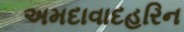
અમદાવાદહરિન